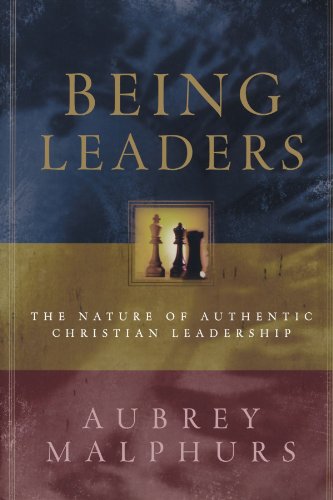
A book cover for Being Leaders: The Nature of Authentic Christian Leadership; Aubrey Malphurs; Christian Books & Bibles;